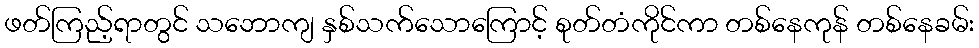
ဖတ်ကြည့်ရာတွင် သဘောကျ နှစ်သက်သောကြောင့် စုတ်တံကိုင်ကာ တစ်နေကုန် တစ်နေခမ်း